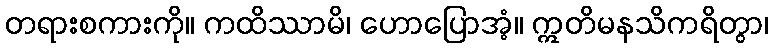
တရားစကားကို။ ကထိဿာမိ၊ ဟောပြောအံ့။ ဣတိမနသိကရိတွာ၊